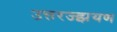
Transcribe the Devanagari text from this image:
उत्तरज्झयण